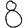
Digit: 8